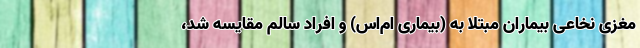
مغزی نخاعی بیماران مبتلا به (بیماری ام‌اس) و افراد سالم مقایسه شد،